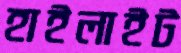
হাইলাইট